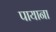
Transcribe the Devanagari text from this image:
पायाना